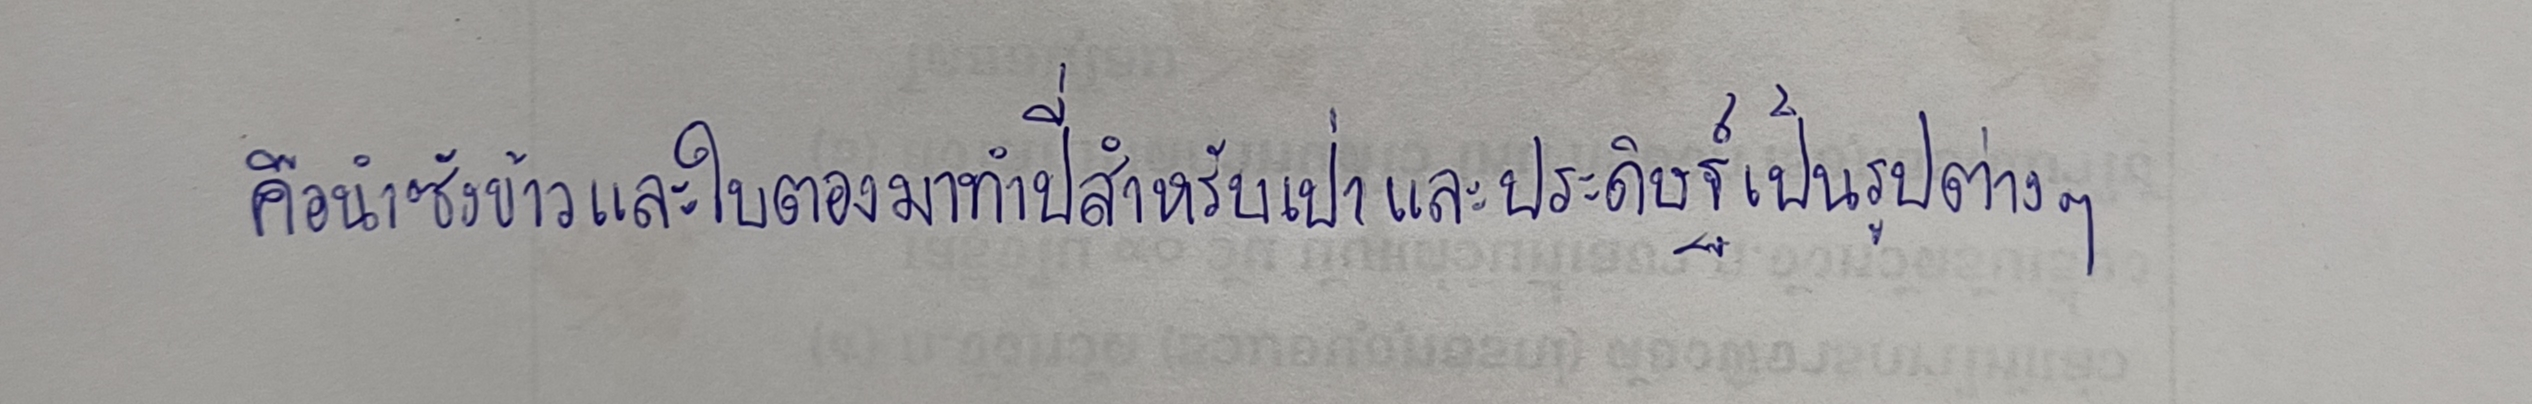
คือนำซังข้าวและใบตองมาทำปี่สำหรับเป่าและประดิษฐ์เป็นรูปต่างๆ